Report of the Indian Hemp Drugs Commission, 1894-1895 - Volume IV
Year: 1894
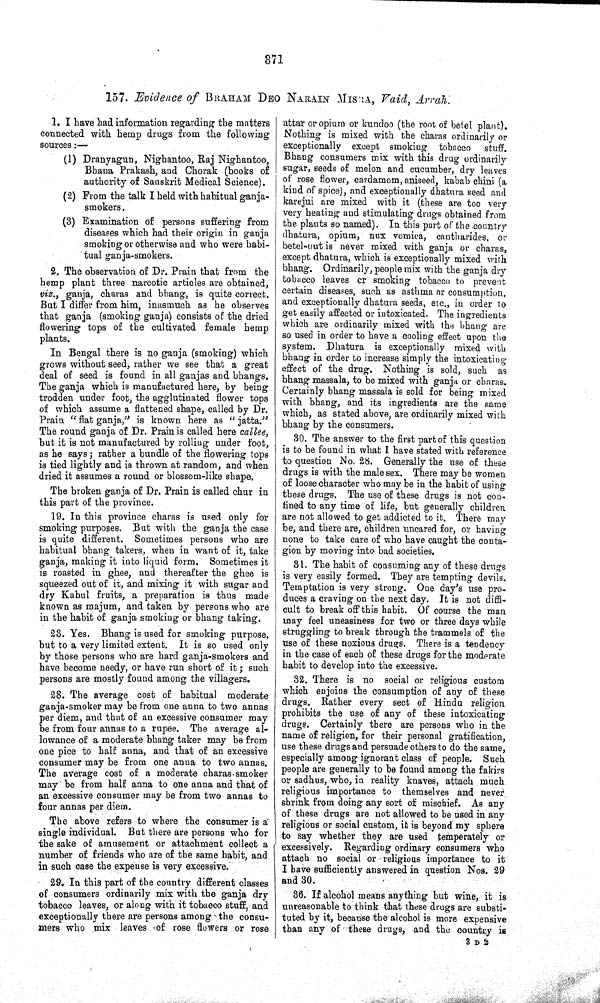
371
157. Evidence of BRAHAM DEO NARAIN MISRA, Vaid, Arrah.
1. I have had information regarding the matters
connected with hemp drugs from the following
sources:—
(1) Dranyagun, Nighantoo, Raj Nighantoo,
Bhana Prakash, and Chorak (books of
authority of Sanskrit Medical Science).
(2) From the talk I held with habitual ganja-
smokers.
(3) Examination of persons suffering from
diseases which had their origin in ganja
smoking or otherwise and who were habi-
tual ganja-smokers.
2. The observation of Dr. Prain that from the
hemp plant three narcotic articles are obtained,
viz., ganja, charas and bhang, is quite correct.
But I differ from him, inasmuch as he observes
that ganja (smoking ganja) consists of the dried
flowering tops of the cultivated female hemp
plants.
In Bengal there is no ganja (smoking) which
grows without seed, rather we see that a great
deal of seed is found in all ganjas and bhangs.
The ganja which is manufactured here, by being
trodden under foot, the agglutinated flower tops
of which assume a flattened shape, called by Dr.
Prain "flat ganja," is known here as "jatta."
The round ganja of Dr. Prain is called here callee,
but it is not manufactured by rolling under foot,
as he says; rather a bundle of the flowering tops
is tied lightly and is thrown at random, and when
dried it assumes a round or blossom-like shape.
The broken ganja of Dr. Prain is called chur in
this part of the province.
19. In this province charas is used only for
smoking purposes. But with the ganja the case
is quite different. Sometimes persons who are
habitual bhang takers, when in want of it, take
ganja, making it into liquid form. Sometimes it
is roasted in ghee, and thereafter the ghee is
squeezed out of it, and mixing it with sugar and
dry Kabul fruits, a preparation is thus made
known as majum, and taken by persons who are
in the habit of ganja smoking or bhang taking.
23. Yes. Bhang is used for smoking purpose,
but to a very limited extent. It is so used only
by those persons who are hard ganja-smokers and
have become needy, or have run short of it; such
persons are mostly found among the villagers.
28. The average cost of habitual moderate
ganja-smoker may be from one anna to two annas
per diem, and that of an excessive consumer may
be from four annas to a rupee. The average al-
lowance of a moderate bhang taker may be from
one pice to half anna, and that of an excessive
consumer may be from one anna to two annas.
The average cost of a moderate charas smoker
may be from half anna to one anna and that of
an excessive consumer may be from two annas to
four annas per diem.
The above refers to where the consumer is a
single individual. But there are persons who for
the sake of amusement or attachment collect a
number of friends who are of the same habit, and
in such case the expense is very excessive.
29. In this part of the country different classes
of consumers ordinarily mix with the ganja dry
tobacco leaves, or along with it tobacco stuff, and
exceptionally there are persons among the consu-
mers who mix leaves of rose flowers or rose
attar or opium or kundoo (the root of betel plant).
Nothing is mixed with the charas ordinarily or
exceptionally except smoking tobacco
stuff.
Bhang consumers mix with this drug ordinarily
sugar, seeds of melon and cucumber, dry leaves
of rose flower, cardamom, aniseed, kabab chini (a
kind of spice), and exceptionally dhatura seed and
karejui are mixed with it (these are too very
very heating and stimulating drugs obtained from
the plants so named). In this part of the country
dhatura, opium, nux vomica, cantharides, or
betel-nut is never mixed with ganja or charas,
except dhatura, which is exceptionally mixed with
bhang. Ordinarily, people mix with the ganja dry
tobacco leaves or smoking tobacco to prevent
certain diseases, such as asthma or consumption,
and exceptionally dhatura seeds, etc., in order to
get easily affected or intoxicated. The ingredients
which are ordinarily mixed with the bhang are
so used in order to have a cooling effect upon the
system. Dhatura is exceptionally mixed with
bhang in order to increase simply the intoxicating
effect of the drug. Nothing is sold, such as
bhang massala, to be mixed with ganja or charas.
Certainly bhang massala is sold for being mixed
with bhang, and its ingredients are the same
which, as stated above, are ordinarily mixed with
bhang by the consumers.
30. The answer to the first part of this question
is to be found in what I have stated with reference
to question No. 28. Generally the use of these
drugs is with the male sex. There may be women
of loose character who may be in the habit of using
these drugs. The use of these drugs is not con-
fined to any time of life, but generally children
are not allowed to get addicted to it. There may
be, and there are, children uncared for, or having
none to take care of who have caught the conta-
gion by moving into bad societies.
81. The habit of consuming any of these drugs
is very easily formed. They are tempting devils.
Temptation is very strong. One day's use pro-
duces a craving on the next day. It is not diffi-
cult to break off this habit. Of course the man
may feel uneasiness for two or three days while
struggling to break through the trammels of the
use of these noxious drugs. There is a tendency
in the case of each of these drugs for the moderate
habit to develop into the excessive.
32. There is no social or religious custom
which enjoins the consumption of any of these
drugs. Rather every sect of Hindu religion
prohibits the use of any of these intoxicating
drugs. Certainly there are persons who in the
name of religion, for their personal gratification,
use these drugs and persuade others to do the same,
especially among ignorant class of people. Such
people are generally to be found among the fakirs
or sadhus, who, in reality knaves, attach much
religious importance to themselves and never,
shrink from doing any sort of mischief. As any
of these drugs are not allowed to be used in any
religious or social custom, it is beyond my sphere
to say whether they are used temperately or
excessively. Regarding ordinary consumers who
attach no social or religious importance to it
I have sufficiently answered in question Nos. 29
and 30.
36. If alcohol means anything but wine, it is
unreasonable to think that these drugs are substi-
tuted by it, because the alcohol is more expensive
than any of these drugs, and the country is
3 D 2